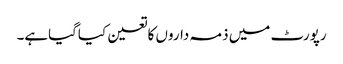
رپورٹ میں ذمہ داروں کاتعین کیاگیاہے۔